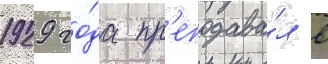
1929 го́да пр'еподава́л в